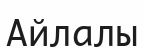
Айлалы